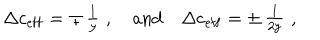
\Delta c _ { \mathrm { { e f f } } } = \mp \begin{array} { c } { { \frac { 1 } { y } } } \\ \end{array} \, , \quad \mathrm { a n d } \quad \Delta c _ { \mathrm { { e f f } } } = \pm \begin{array} { c } { { \frac { 1 } { 2 y } } } \\ \end{array} \, ,